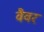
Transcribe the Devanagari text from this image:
वैवर